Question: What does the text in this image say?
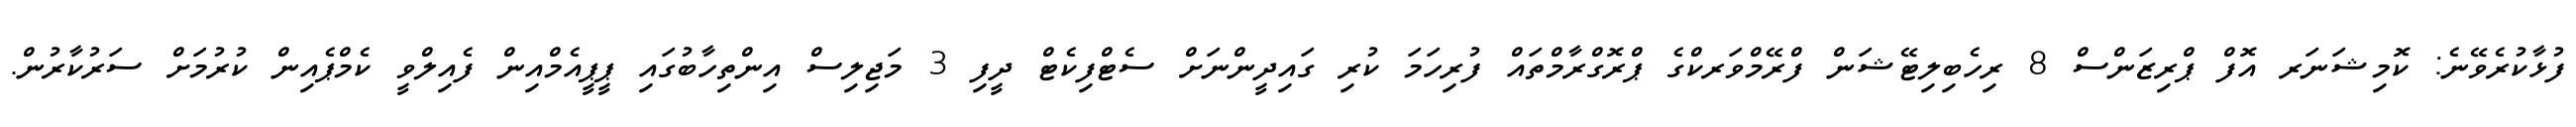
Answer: ފުޅާކުރެވޭނެ: ކޮމިޝަނަރ އޮފް ޕްރިޒަންސް 8 ރިހެބިލިޓޭޝަން ފްރޭމްވަރކްގެ ޕްރޮގްރާމްތައް ފުރިހަމަ ކުރި ގައިދީންނަށް ސެޓްފިކެޓް ދީފި 3 މަޖިލިސް އިންތިހާބުގައި ޕީޕީއެމްއިން ފެއިލްވީ ކެމްޕެއިން ކުރުމަށް ސަރުކާރުން.